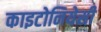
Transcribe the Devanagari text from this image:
काइटोनियेसी